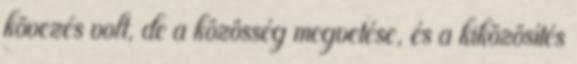
kövezés volt, de a közösség megvetése, és a kiközösítés